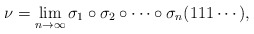
\begin{align*}\nu = \lim_{n \rightarrow \infty} \sigma_1 \circ \sigma_2 \circ \cdots \circ\sigma_n(111\cdots),\end{align*}